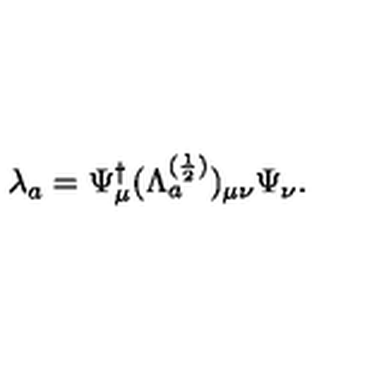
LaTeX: \lambda _ { a } = \Psi _ { \mu } ^ { \dagger } ( \Lambda _ { a } ^ { ( \frac { 1 } { 2 } ) } ) _ { \mu \nu } \Psi _ { \nu } .